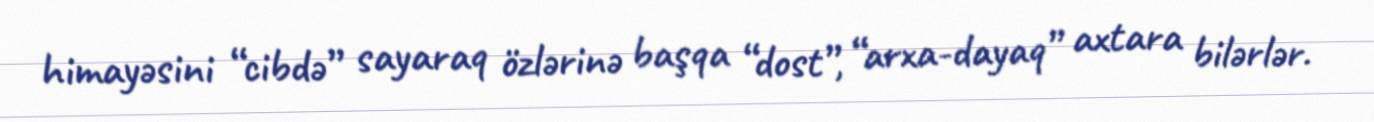
himayəsini “cibdə” sayaraq özlərinə başqa “dost”, “arxa-dayaq” axtara bilərlər.